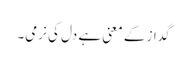
گداز کے معنی ہے دل کی نرمی۔